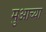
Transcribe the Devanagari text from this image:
मुआच्या